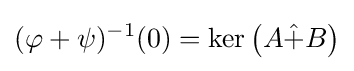
(\varphi +\psi )^{-1}(0)=\ker \left(A{\hat {+}}B\right)